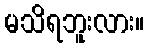
မသိရဘူးလား။